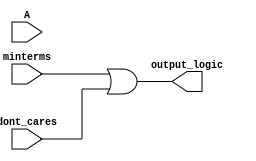
module PrimeImplicant (
    input [3:0] A, // 4-bit input for variables (A, B, C, D)
    input [15:0] minterms, // 16-bit input representing minterms (1s in truth table)
    input [15:0] dont_cares, // 16-bit input for don't care conditions
    output reg [15:0] output_logic // Output representing minimized logic
);

// Internal signals
reg [15:0] prime_implicants;
reg [15:0] essential_prime_implicants;

// Function to calculate prime implicants (simplified)
always @(*) begin
    // Initialize outputs
    prime_implicants = 0;
    essential_prime_implicants = 0;
    output_logic = 0;

    // Example logic for determining prime implicants
    // This is a placeholder for actual minimization logic
    // In a real implementation, you would have a more complex algorithm
    // Here we will just consider the minterms directly for demonstration

    // Combine minterms with don't cares
    prime_implicants = minterms | dont_cares;

    // Identify essential prime implicants (simplified logic)
    // For demonstration, assume all minterms are essential
    essential_prime_implicants = prime_implicants;

    // Generate output logic based on essential prime implicants
    output_logic = essential_prime_implicants;
end

endmodule